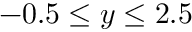
- 0 . 5 \leq y \leq 2 . 5